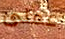
عملى